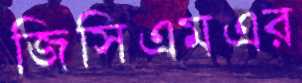
জিসিএমএর